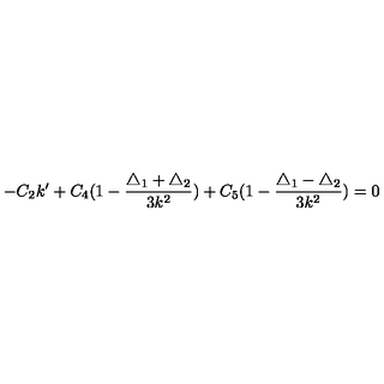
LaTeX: - C _ { 2 } k ^ { \prime } + C _ { 4 } ( 1 - \frac { \triangle _ { 1 } + \triangle _ { 2 } } { 3 k ^ { 2 } } ) + C _ { 5 } ( 1 - \frac { \triangle _ { 1 } - \triangle _ { 2 } } { 3 k ^ { 2 } } ) = 0